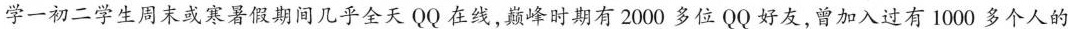
学一初二学生周末或寒暑假期间几乎全天QQ在线，巅峰时期有2000多位 QQ 好友，曾加入过有1000多个人的